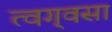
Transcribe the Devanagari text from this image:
त्वग्‌वसा